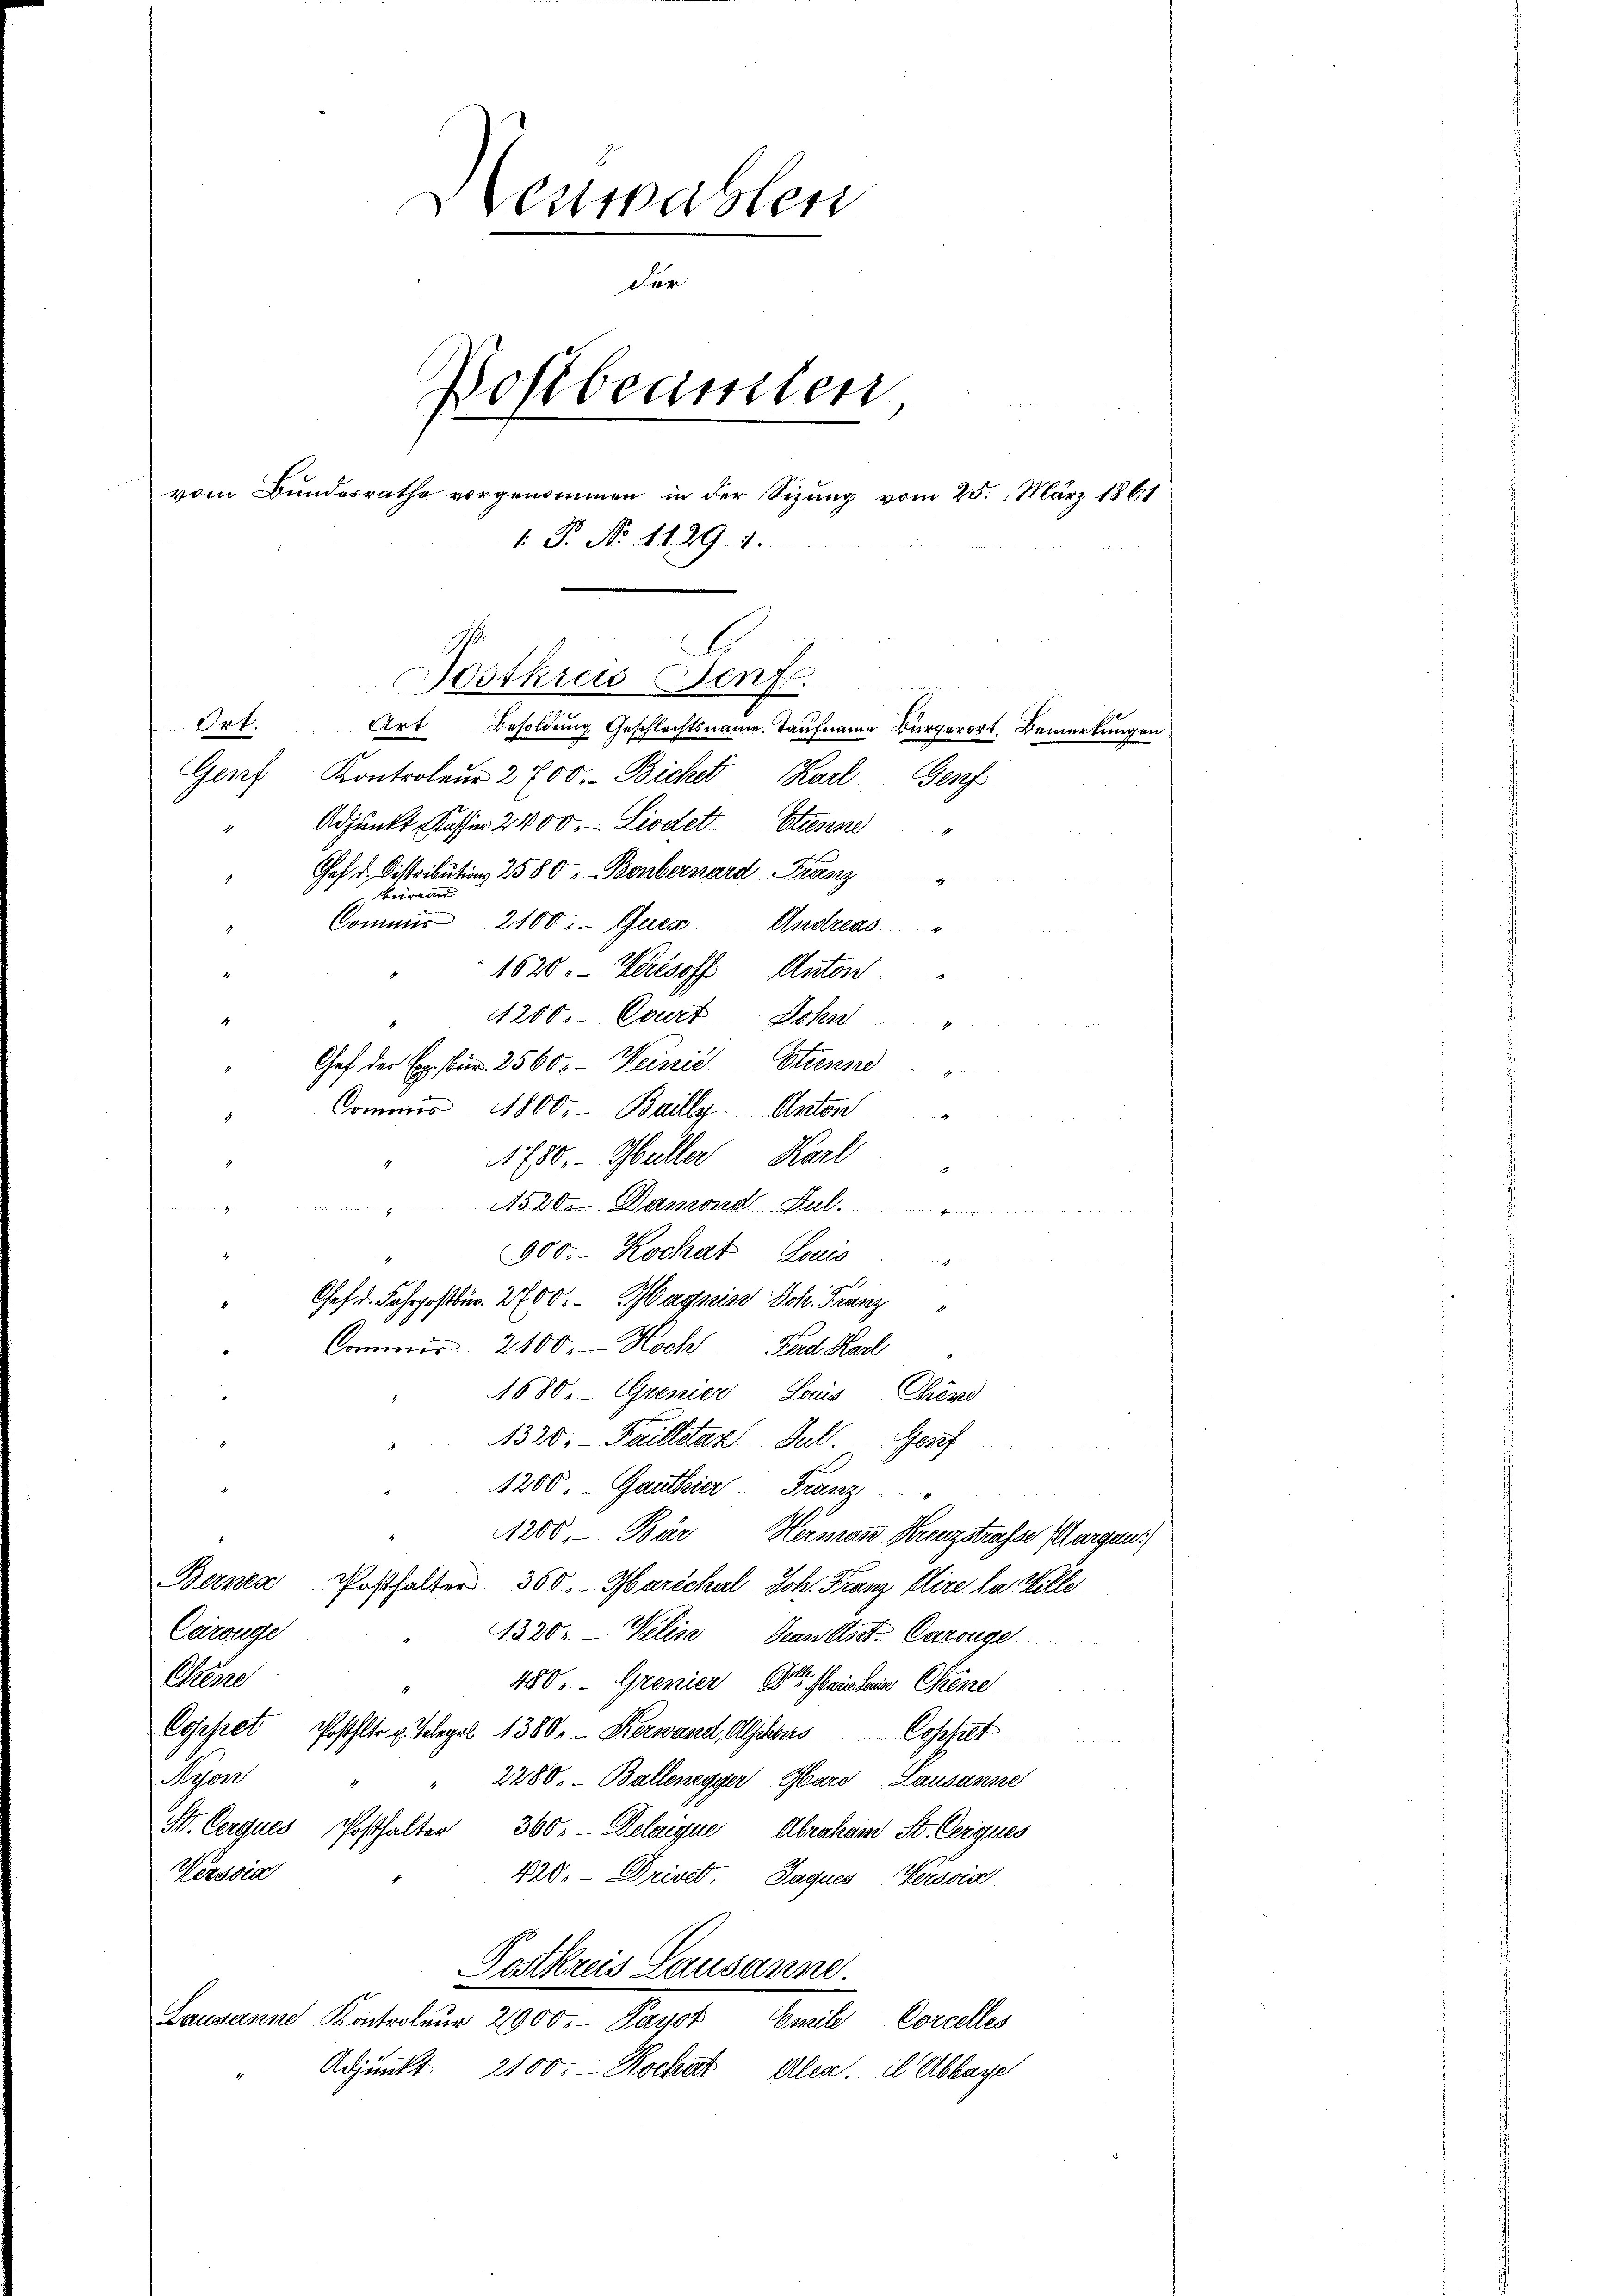
Neuwahlen
der
Bostbeamten
vom Bundesrathe vorgenommen in der Sizŭng vom 25. März 1861
1. P. No. 1129. 1.
b
ostkreis Senfl.
Ort. Art Besoldung Geschlechtsname. Taufname Bürgerort, Bemerkungen
Genf Kontroleur 2700.- Biche Karl Genf
Adjunkt Kassier 2400. - Liodet Stinne

Gef. d. Distribution, 2580 Bonbernard Franz
beirean
Commis 2100. Quer. Andreas
1820. Wertsoff Anton
4200. Court Sohn
Chef der Ex. Pr. 2560.- Weiszić Etienne
Commis 1800.- Bailly Anton
g
1780. - Müller Karl
2
ieen und die einen der
1520. Daswond Jul.
wen i
900. Kochat Louis
.
Chef d. Fahrpostbür. 2700. Hagsein Joh. Franz
Commis 2100. Hoch Ferd. Karl
1880. Grenier, Laus Chend
s
1320.- Failletaz Jul. Genf
1200. - Ganthier Franz
1200. Bär Hermann Kreuzstrasse Plurgen.
Bernen
Posthalter 300. Marichal Joh. Franz Plire la Ville
Carouge
1320: Welin Jean lit. Carouge
Chine
450. Grenierte Peinlein Gene
Coehet Pohler u. Telegel 1380. Kerwand, Alphons Coshalt
Peson
2280. - Ballenegger Gard Lausanne
St. Cerques Posthalter 360. Delaique Abraham St. Cerques
Wersdia
428. Drivet. Jaques Weissis
Postkreis Lausanne.
Lausanne Kontroler 2900. Payer
Emeile Corcelles
Adjunkt
2100. - Rockart Alex. Il Abbaye